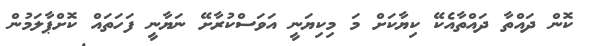
ކޮން ދައްތާ ދައްތާއެކޭ ކިޔާކަށް މަ މިކިޔަނީ އަވަސްކުރާށޭ ނަޔާނީ ފަހަތައް ކޮށްޕާލަމުން